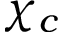
\chi _ { c }